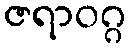
ဇရာဝဂ္ဂ